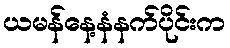
ယမန်နေ့နံနက်ပိုင်းက